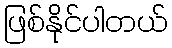
ဖြစ်နိုင်ပါတယ်